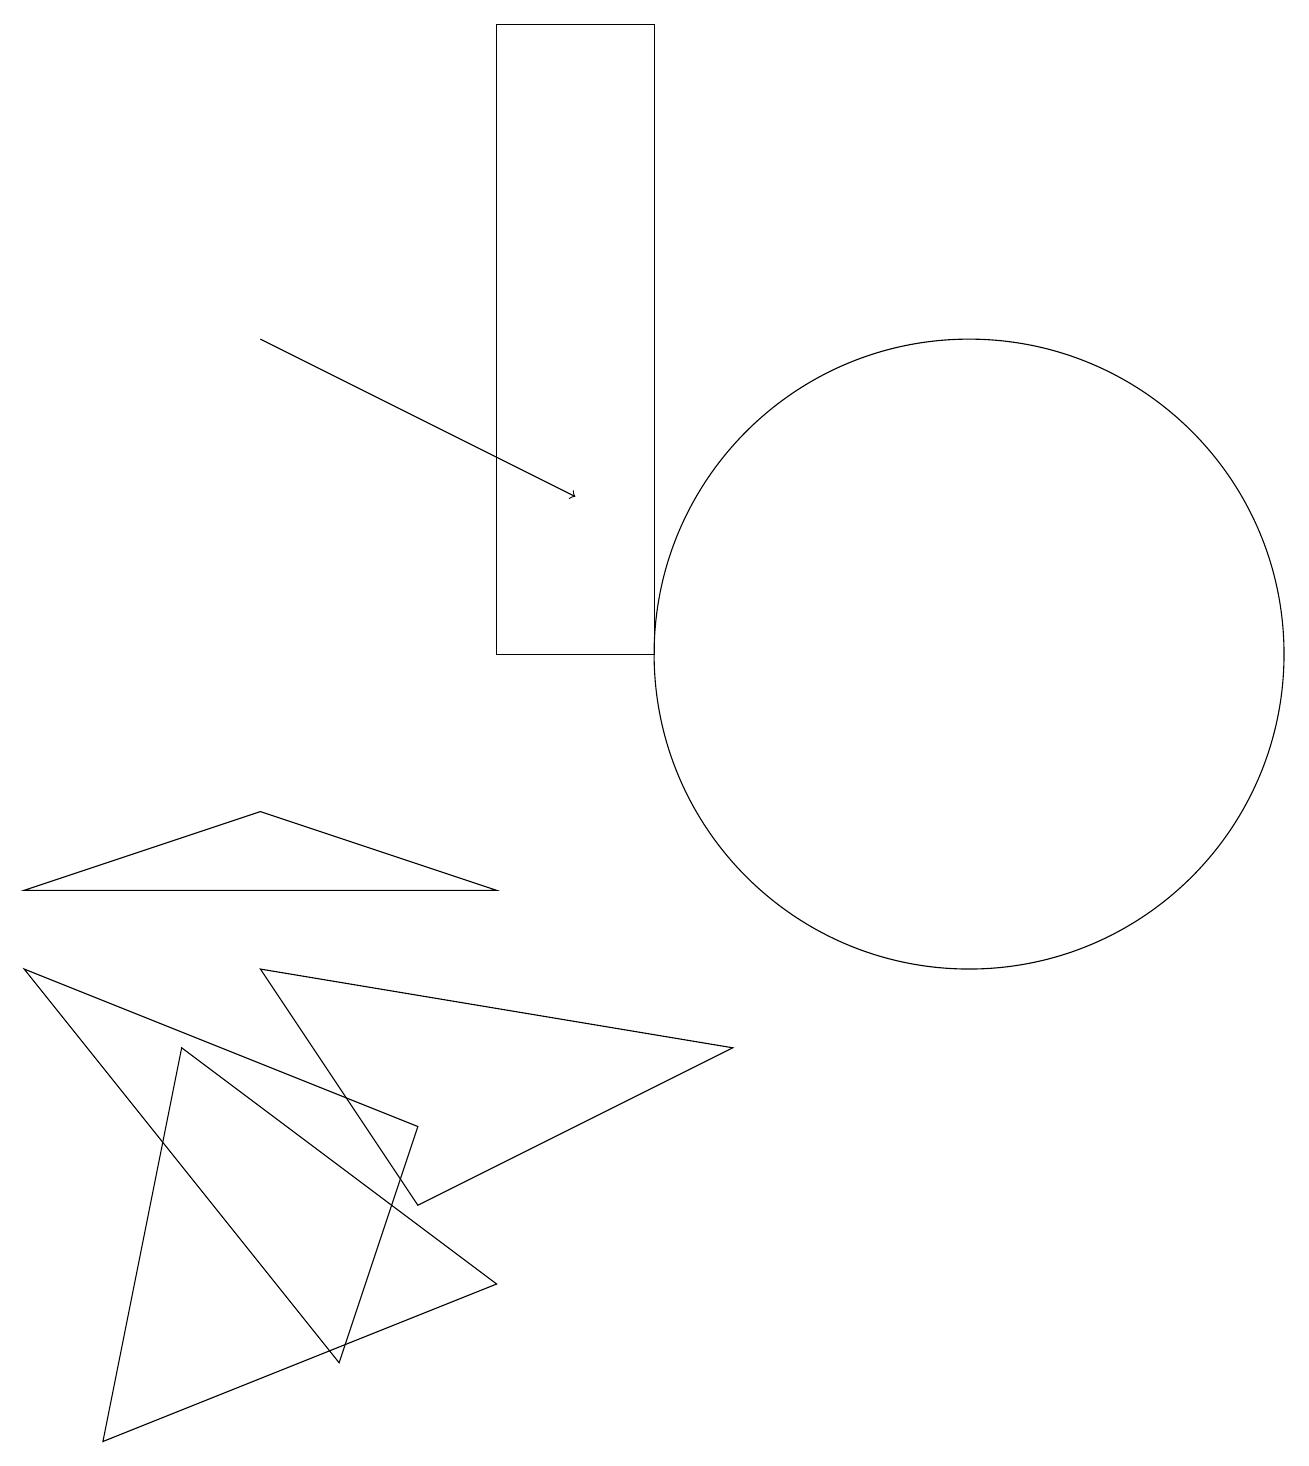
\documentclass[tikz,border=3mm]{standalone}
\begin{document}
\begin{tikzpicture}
\draw (12,10) circle (4);
\draw (6,7) -- (3,8) -- (0,7) -- cycle;
\draw[->] (3,14) -- (7,12);
\draw (8,10) rectangle (6,18);
\draw (0,6) -- (4,1) -- (5,4) -- cycle;
\draw (9,5) -- (3,6) -- (5,3) -- cycle;
\draw (2,5) -- (1,0) -- (6,2) -- cycle;
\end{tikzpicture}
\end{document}